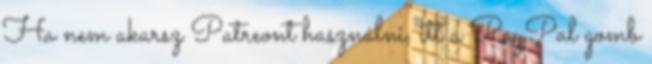
Ha nem akarsz Patreont használni, itt a PayPal gomb